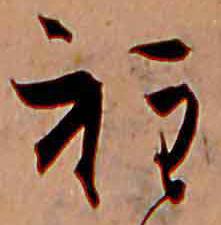
程